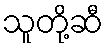
သူတို့ဆီ